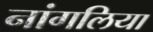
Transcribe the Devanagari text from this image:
नांगलिया